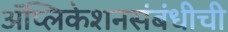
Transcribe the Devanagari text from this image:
ॲप्लिकेशनसंबंधीची